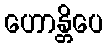
ဟောန္တိပေ